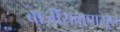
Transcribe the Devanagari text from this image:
बाजीरावापासून